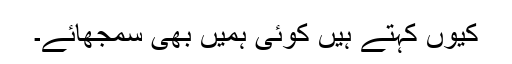
کیوں کہتے ہیں کوئی ہمیں بھی سمجھائے۔